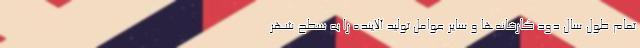
تمام طول سال دود کارخانه‌ها و سایر عوامل تولید آلاینده را به سطح شهر